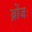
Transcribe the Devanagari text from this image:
ब्रोंजः